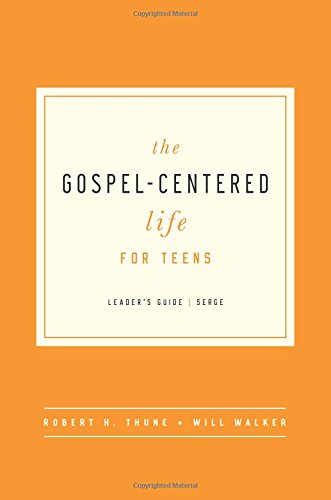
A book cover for The Gospel-Centered Life for Teens Leader's Guide; Robert H. Thune; Christian Books & Bibles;